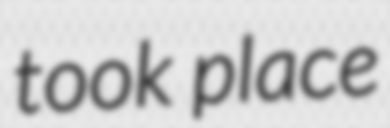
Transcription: took place